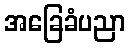
အခြေခံပညာ